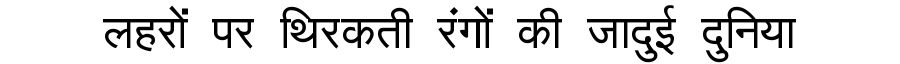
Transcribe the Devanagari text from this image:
लहरों पर थिरकती रंगों की जादुई दुनिया